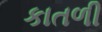
કાતળી